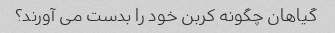
گیاهان چگونه کربن خود را بدست می آورند؟